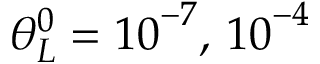
\theta _ { L } ^ { 0 } = { 1 0 } ^ { - 7 } , \, { 1 0 } ^ { - 4 }